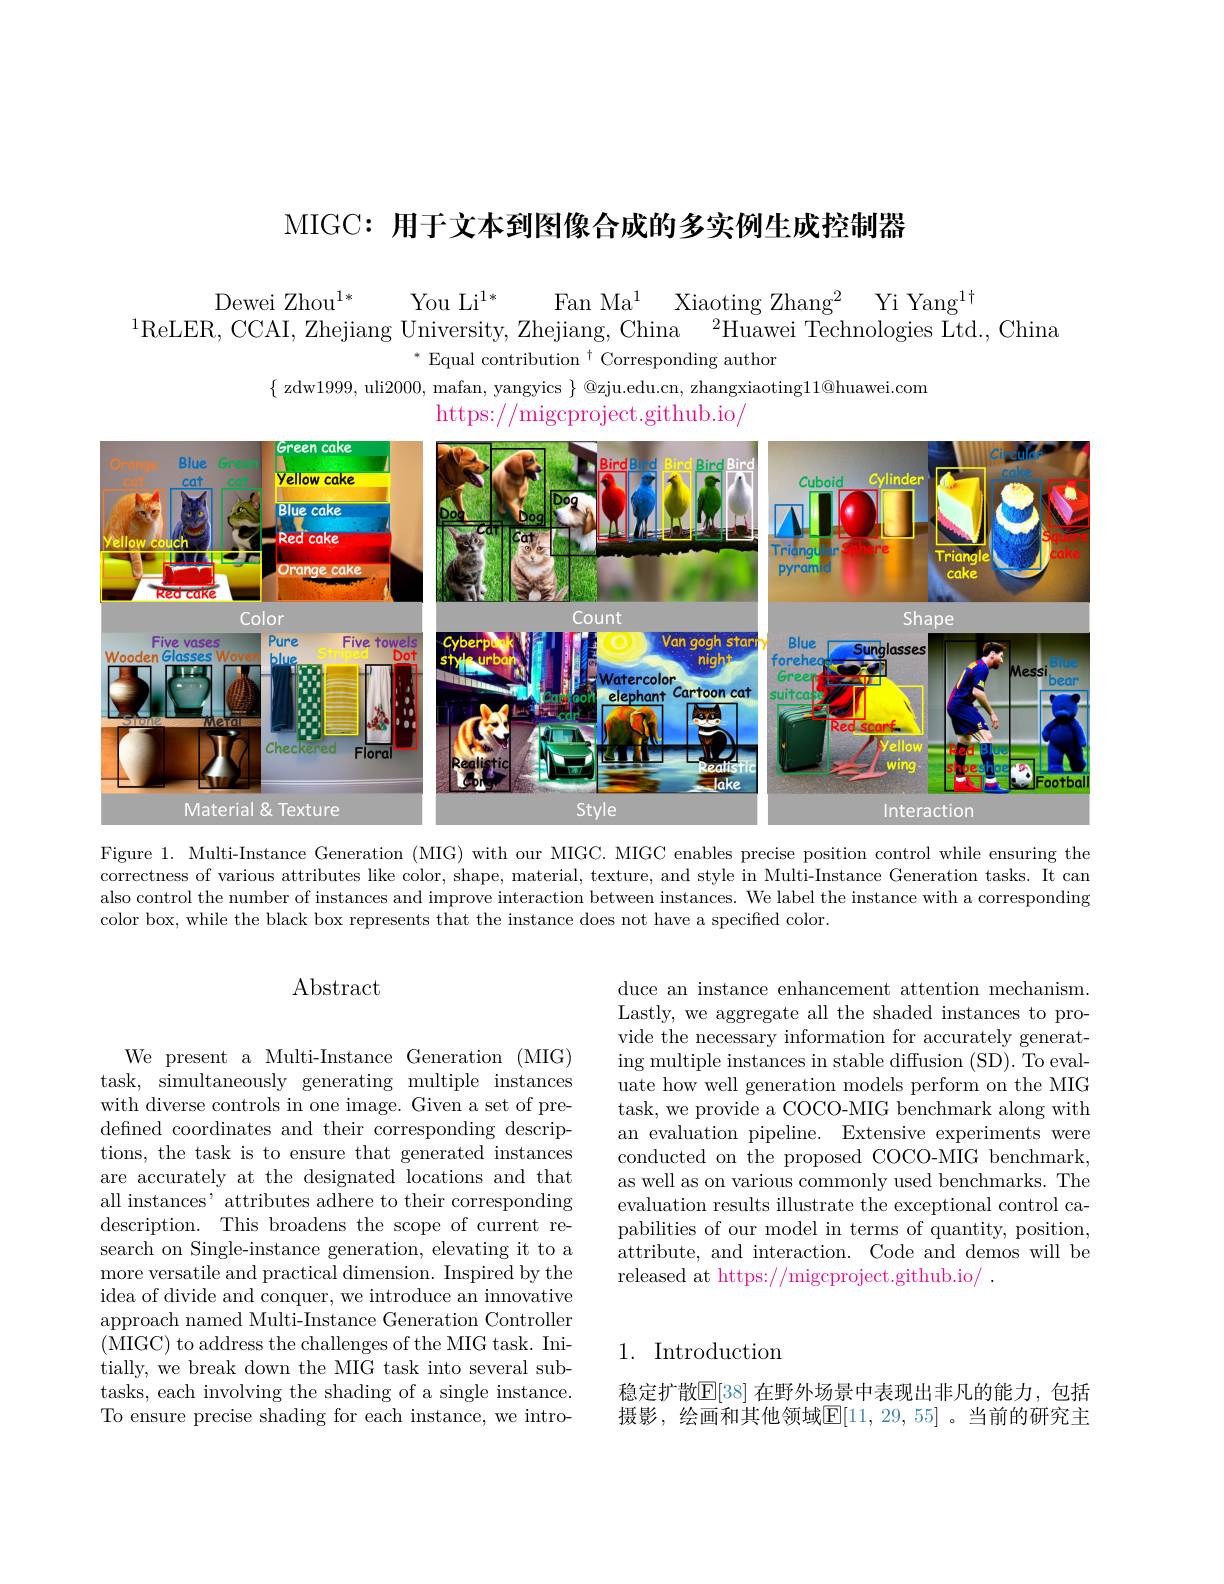
MIGC: 用于文本到图像合成的多实例生成控制器

Dewei Zhou$^{1*}$
You Li$^{1*}$
Fan Ma$^1$ Xiaoting Zhang$^2$ Yi Yang$^1\dagger$
$^{1}$ReLER, CCAI, Zhejiang University, Zhejiang, China$\:^2$Huawei Technologies Ltd., China

$^*$ Equal contribution $^\dagger$ Corresponding author
$\{$ zdw1999, uli2000, mafan, yangyics $\}$ @zju.edu.cn, zhangxiaoting$11@$huawei.com
https://migcproject.github.io/

<FigureHere>

Figure 1. Multi-Instance Generation (MIG) with our MIGC. MIGC enables precise position control while ensuring the correctness of various attributes like color, shape, material, texture, and style in Multi-Instance Generation tasks. It can also control the number of instances and improve interaction between instances. We label the instance with a corresponding color box, while the black box represents that the instance does not have a specified color.

# Abstract

We present a Multi-Instance Generation (MIG) task, simultaneously generating multiple instances with diverse controls in one image. Given a set of predefined coordinates and their corresponding descriptions, the task is to ensure that generated instances are accurately at the designated locations and that all instances' attributes adhere to their corresponding description. This broadens the scope of current research on Single-instance generation, elevating it to a more versatile and practical dimension. Inspired by the idea of divide and conquer, we introduce an innovative approach named Multi-Instance Generation Controller (MIGC) to address the challenges of the MIG task. Initially, we break down the MIG task into several subtasks, each involving the shading of a single instance. To ensure precise shading for each instance, we intro-

duce an instance enhancement attention mechanism Lastly, we aggregate all the shaded instances to provide the necessary information for accurately generating multiple instances in stable diffusion (SD). To evaluate how well generation models perform on the MIG task, we provide a COCO-MIG benchmark along with an evaluation pipeline. Extensive experiments were conducted on the proposed COCO-MIG benchmark, as well as on various commonly used benchmarks. The evaluation results illustrate the exceptional control capabilities of our model in terms of quantity, position, attribute, and interaction. Code and demos will be released at https://migcproject.github.io/ .

## 1. Introduction

稳定扩散$\mathbb{E}[38]$ 在野外场景中表现出非凡的能力，包括摄影，绘画和其他领域$\mathbb{E}[11,29,55]$。当前的研究主